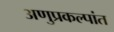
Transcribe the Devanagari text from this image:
अणुप्रकल्पांत